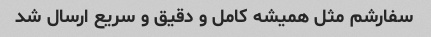
سفارشم مثل همیشه کامل و دقیق و سریع ارسال شد